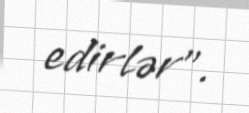
edirlər”.